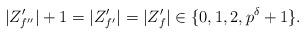
LaTeX: \begin{align*}|Z'_{f''}|+1 = |Z'_{f'}| = |Z'_f| \in \{ 0, 1, 2, p^\delta + 1\}.\end{align*}